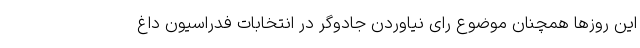
این روزها همچنان موضوع رای نیاوردن جادوگر در انتخابات فدراسیون داغ